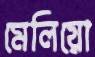
মেলিয়ো